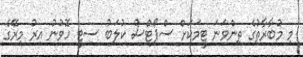
މި މުބާރާތުގެ ތިންވަނަ ޓީމަކަށް ސްޕޯޓްސް ކުލަބު ސިޓީ ހޮވުނު އިރު މިރޭގެ